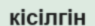
кісілгін